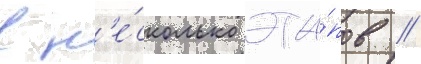
в н'е́сколько эта́пов //